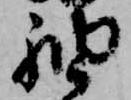
袖